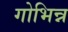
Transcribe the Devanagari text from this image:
गोभिन्न